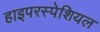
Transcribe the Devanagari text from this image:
हाइपरस्पेशियल